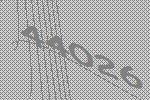
44026